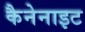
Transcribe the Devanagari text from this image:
कैनेनाइट